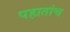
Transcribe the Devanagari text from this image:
पहातांच